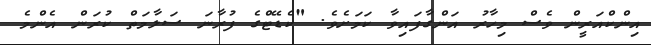
އިންކްއަރީން ވެސް މިހާރު އަންގާފައިވާ ކަމަށެވެ. "ކެޑޭޓްގެ ފުރާނަ ސަލާމަތް ކުރަން އެންމެ